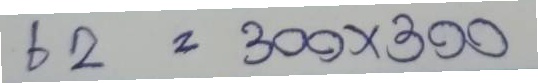
62 = 300x300